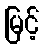
မြင့်